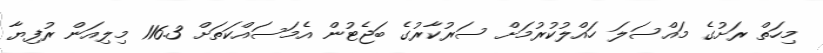
މިހަތް ރަށުގެ މައްސަލަ ހައްލުކުރުމަށް ސަރުކާރުގެ ބަޖެޓުން އެމަސައްކަތަށް 116.3 މިލިއަން ރުފިޔާ